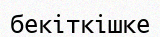
бекіткішке